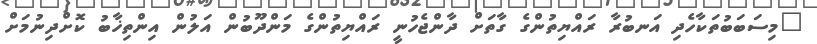
"މިސަބަބުތަކާހެދި އަނބުރާ ރައްޔިތުންގެ ގާތަށް ދާންޖެހުނީ ރައްޔިތުންގެ މަންދޫބުން އަލުން އިންތިޚާބު ކޮށްދިނުމަށް